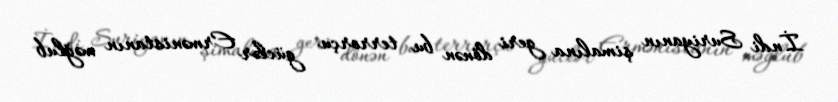
İndi Suriyanın şimalına geri dönən bu terrorçu güclər Ermənistanın məğlub